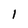
Character: l